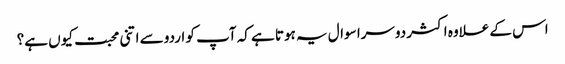
اس کے علاوہ اکثر دوسرا سوال یہ ہوتا ہے کہ آپ کو اردو سے اتنی محبت کیوں ہے؟